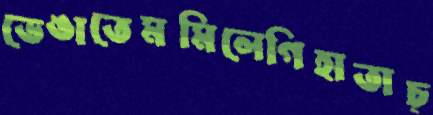
ভেঙাতেমমিলেগিহাতাচ্